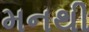
મનથી